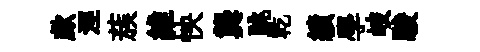
歔涇蔟維怏龔跳乾績學岐駿